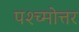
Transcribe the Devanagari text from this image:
पश्च्मोत्तर